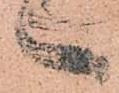
へ